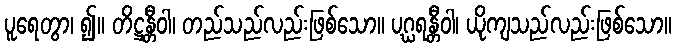
ပူရေတွာ၊ ၍။ တိဋ္ဌန္တီဝါ၊ တည်သည်လည်းဖြစ်သော။ ပဂ္ဃရန္တီဝါ၊ ယိုကျသည်လည်းဖြစ်သော။